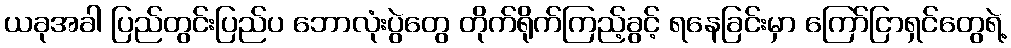
ယခုအခါ ပြည်တွင်းပြည်ပ ဘောလုံးပွဲတွေ တိုက်ရိုက်ကြည့်ခွင့် ရနေခြင်းမှာ ကြော်ငြာရှင်တွေရဲ့